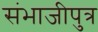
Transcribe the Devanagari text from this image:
संभाजीपुत्र